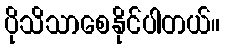
ပိုသိသာစေနိုင်ပါတယ်။